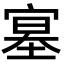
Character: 𡩳